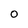
Character: 0